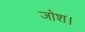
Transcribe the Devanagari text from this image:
जोश।